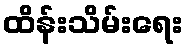
ထိန်းသိမ်းရေး